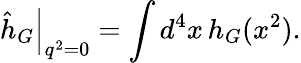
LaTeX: \left.\hat{h}_{G}\right|_{q^{2}=0}=\int d^{4}x\, h_{G}(x^{2}).